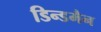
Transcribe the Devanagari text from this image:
डिन्डमैन